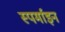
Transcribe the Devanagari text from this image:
स्पर्माइन